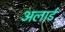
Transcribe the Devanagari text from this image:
अलार्ड